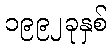
၁၉၉၂ခုနှစ်